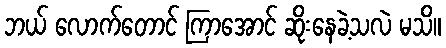
ဘယ် လောက်တောင် ကြာအောင် ဆိုးနေခဲ့သလဲ မသိ။